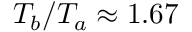
T _ { b } / T _ { a } \approx 1 . 6 7